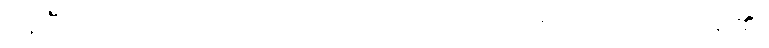
နေပြီ။ (ကာလဝိပ္ပလ်တည်း) တဿ ဝိဟာရဿ၊ ထိုနိပ္ပဒေသဝိဟာရ၏။